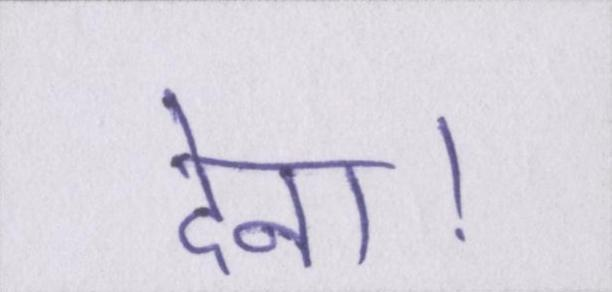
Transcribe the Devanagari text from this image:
देना।